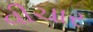
વીચાર